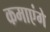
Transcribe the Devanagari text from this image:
कमाएंगे